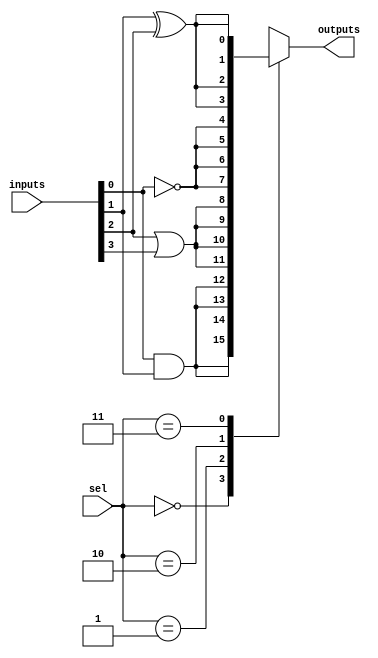
module CLB (
    input wire [3:0] inputs,            // 4-bit input signals
    input wire [1:0] sel,               // Function select signals
    output wire [3:0] outputs           // 4-bit output signals
);

// Internal signals for intermediate logic
wire and_output;
wire or_output;
wire not_output;
wire xor_output;

// Logic functions implementation
assign and_output = inputs[0] & inputs[1];
assign or_output = inputs[2] | inputs[3];
assign not_output = ~inputs[0];
assign xor_output = inputs[1] ^ inputs[2];

// Multiplexer to select between different logic functions
always @(*) begin
    case (sel)
        2'b00: outputs = {and_output, and_output, and_output, and_output}; // AND operation
        2'b01: outputs = {or_output, or_output, or_output, or_output};   // OR operation
        2'b10: outputs = {not_output, not_output, not_output, not_output}; // NOT operation
        2'b11: outputs = {xor_output, xor_output, xor_output, xor_output}; // XOR operation
        default: outputs = 4'b0000; // Default output
    endcase
end

endmodule